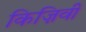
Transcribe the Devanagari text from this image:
किज़िवी